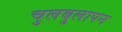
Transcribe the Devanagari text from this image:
चुलबुलापन